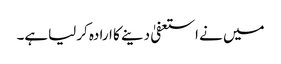
میں نے استعفیٰ دینے کا ارادہ کرلیاہے۔